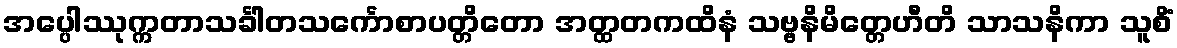
အပ္ပေါဿုက္ကတာသင်္ခါတသင်္ကောစာပတ္တိတော အတ္ထတကထိနံ သဗ္ဗနိမိတ္တေဟီတိ သာသနိကာ သူစိံ